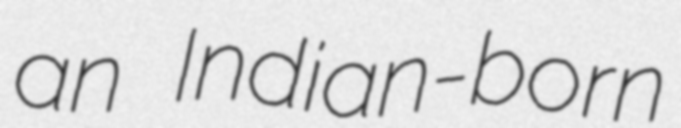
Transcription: an Indian-born